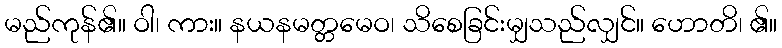
မည်ကုန်၏။ ဝါ၊ ကား။ နယနမတ္တမေဝ၊ သိစေခြင်းမျှသည်လျှင်။ ဟောတိ၊ ၏။